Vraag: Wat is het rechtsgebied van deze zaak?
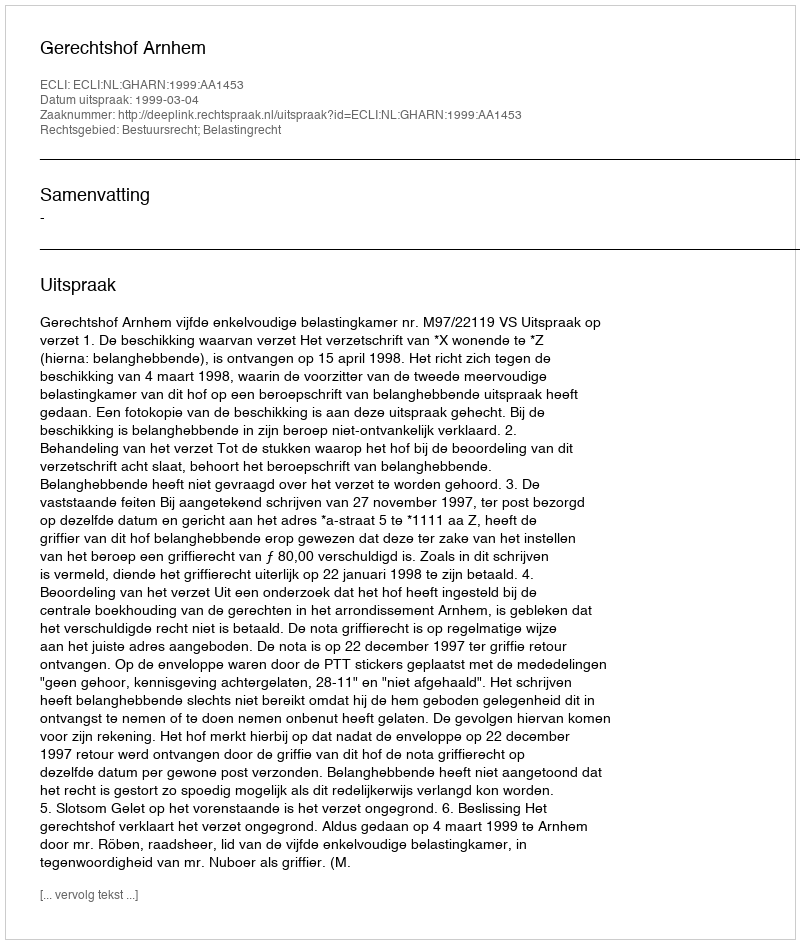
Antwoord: Bestuursrecht; Belastingrecht